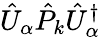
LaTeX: \hat{U}_{\alpha}\hat{P}_{k}\hat{U}_{\alpha}^{\dagger}